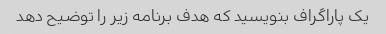
یک پاراگراف بنویسید که هدف برنامه زیر را توضیح دهد